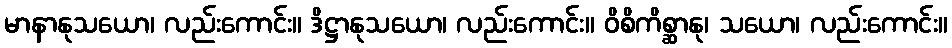
မာနာနုသယော၊ လည်းကောင်း။ ဒိဋ္ဌာနုသယော၊ လည်းကောင်း။ ဝိစိကိစ္ဆာနု၊ သယော၊ လည်းကောင်း။